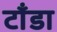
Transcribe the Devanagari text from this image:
टाँडा